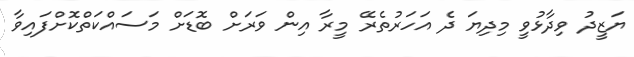
ޔަޒީދު ވިދާޅުވީ މިދިޔަ ދެ އަހަރުތެރޭ މީރާ އިން ވަރަށް ބޮޑަށް މަސައްކަތްކޮށްފައިވާ